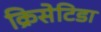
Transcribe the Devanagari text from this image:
क्रिसेटिडा